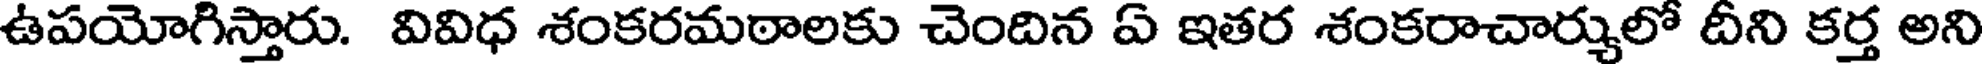
ఉపయోగిస్తారు. వివిధ శంకరమఠాలకు చెందిన ఏ ఇతర శంకరాచార్యులో దీని కర్త అని